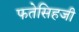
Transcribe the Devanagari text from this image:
फतेसिहजी